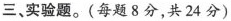
三、实验题。(每题8分，共24分)